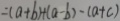
= ( a + b ) + ( a - b ) - ( a + c )